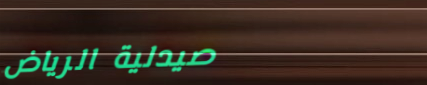
صيدلية الرياض